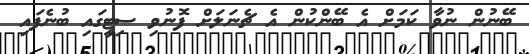
ބޭނުން ނުވާ ކަމަށް އެ ބޭންކުން އެ ޗެނަލަށް ފޮނުވި ސިޓީގައި ބުނެފައި